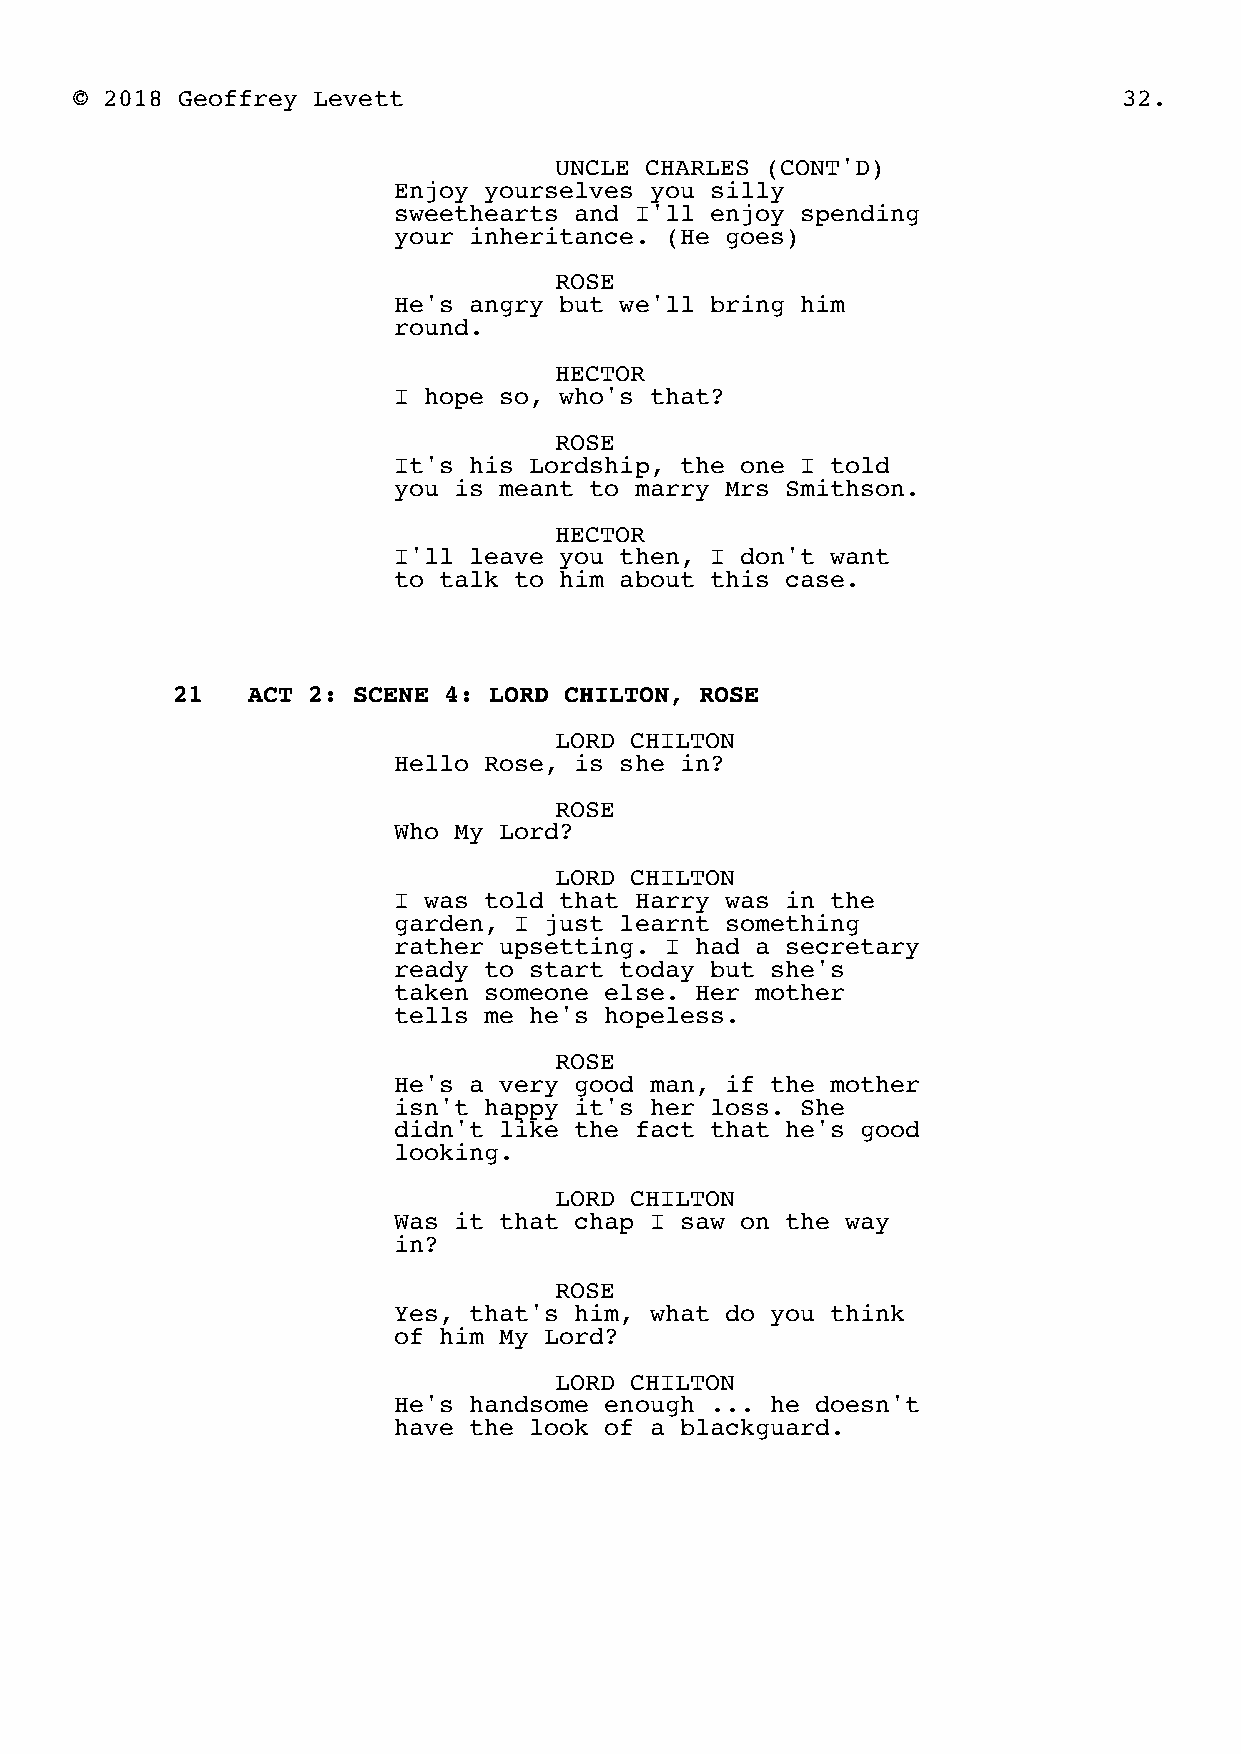
© 2018 Geoffrey Levett                                               32.
 UNCLE CHARLES (CONT'D)
 Enjoy yourselves you silly
 sweethearts and I'll enjoy spending
 your inheritance. (He goes)
 ROSE
 He's angry but we'll bring him
 round.
 HECTOR
 I hope so, who's that?
 ROSE
 It's his Lordship, the one I told
 you is meant to marry Mrs Smithson.
 HECTOR
 I'll leave you then, I don't want
 to talk to him about this case.
 21   ACT 2: SCENE 4: LORD CHILTON, ROSE
 LORD CHILTON
 Hello Rose, is she in?
 ROSE
 Who My Lord?
 LORD CHILTON
 I was told that Harry was in the
 garden, I just learnt something
 rather upsetting. I had a secretary
 ready to start today but she's
 taken someone else. Her mother
 tells me he's hopeless.
 ROSE
 He's a very good man, if the mother
 isn't happy it's her loss. She
 didn't like the fact that he's good
 looking.
 LORD CHILTON
 Was it that chap I saw on the way
 in?
 ROSE
 Yes, that's him, what do you think
 of him My Lord?
 LORD CHILTON
 He's handsome enough ... he doesn't
 have the look of a blackguard.